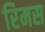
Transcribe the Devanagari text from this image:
रिमस